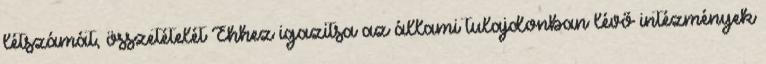
létszámát, összetételét Ehhez igazitsa az állami tulajdonban lévő intézmények